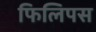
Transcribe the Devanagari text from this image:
फिलिपस